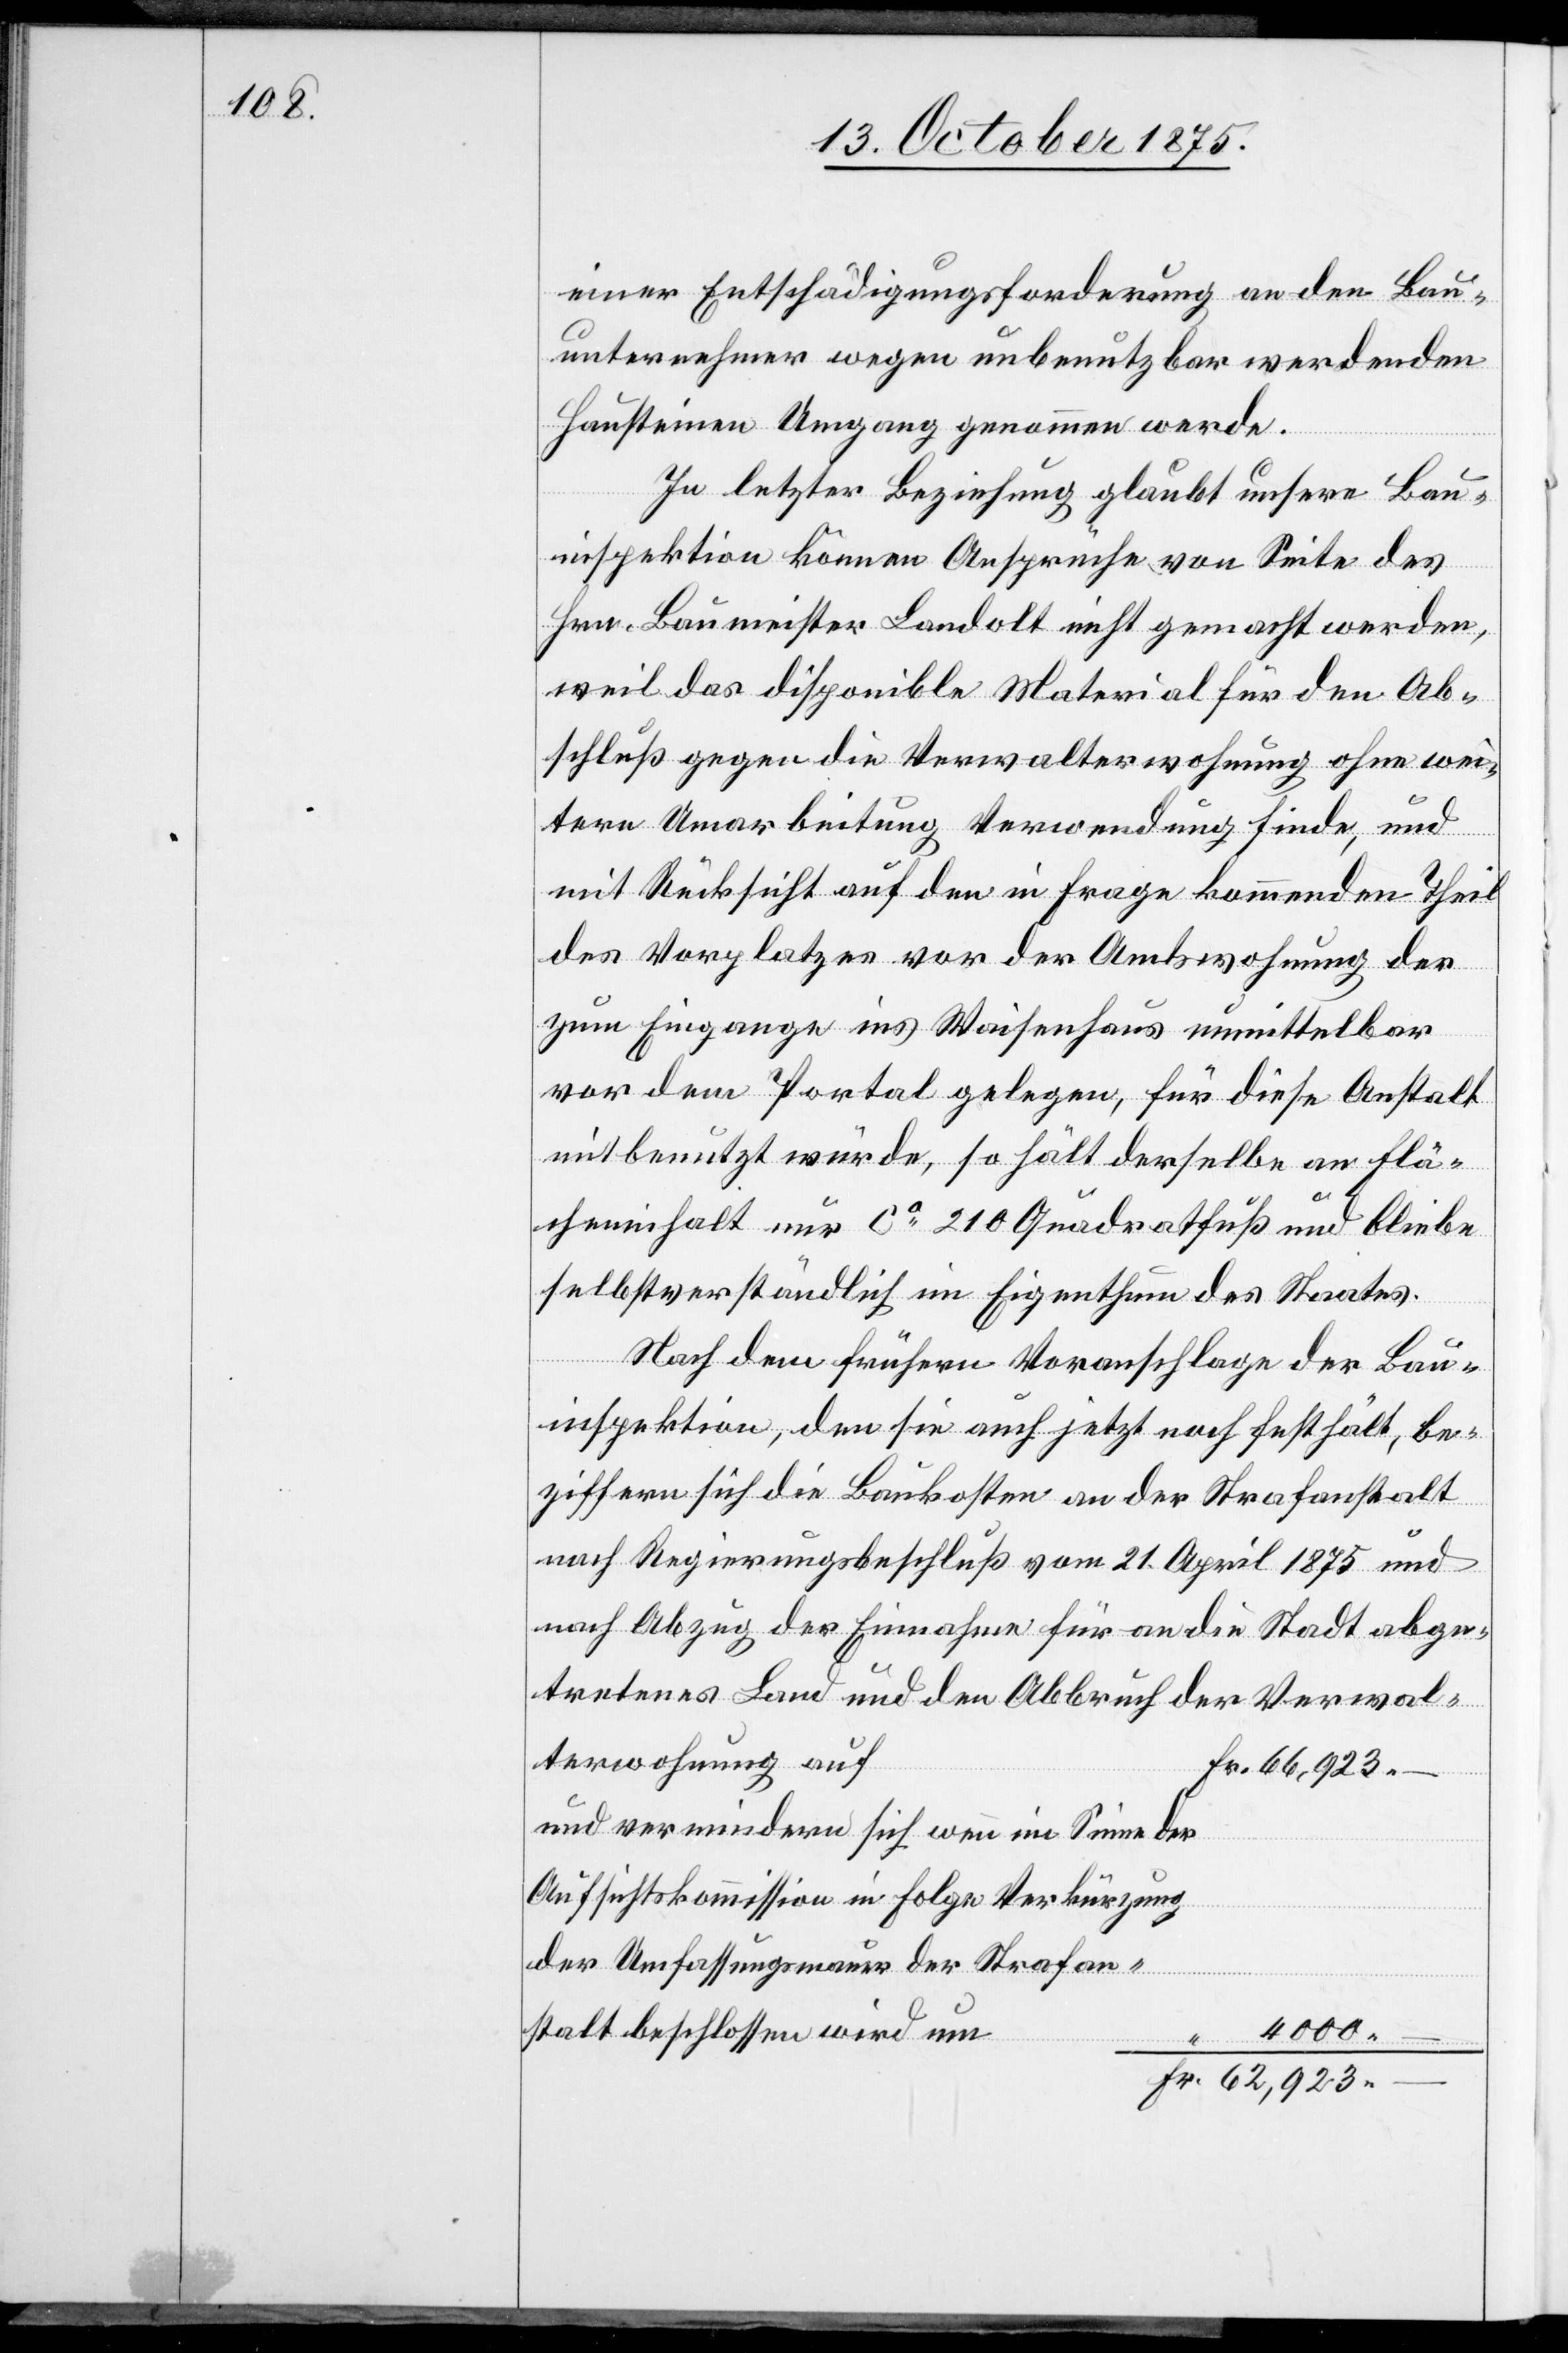
einer Entschädigungsforderung an den Bau¬
unternehmer wegen unbenutzbar werdenden
Hausteinen Umgang genommen werde.
In letzter Beziehung glaubt unsere Bau¬
inspektion können Ansprüche von Seite des
nung
Hrn. Baumeister Landolt nicht gemacht werden,
weil das disponible Material für den Ab¬
schluß gegen die Verwalterwohnung ohne wei¬
tere Umarbeitung Verwendung finde, und
mit Rücksicht auf den in Frage kommenden Theil
des Vorplatzes vor der Amtswohnung der
zum Eingange ins Waisenhaus unmittelbar
vor dem Portal gelegen, für diese Anstalt
mitbenutzt würde, so hält derselbe an Flä¬
cheninhalt nur ca 210 Quadratfuß und bliebe
selbstverständlich im Eigenthum des Staates.
Nach dem frühern Voranschlage der Bau¬
inspektion, den sie auch jetzt noch festhält, be¬
ziffern sich die Baukosten an der Strafanstalt
nach Regierungsbeschluß vom 21. April 1875 und
nach Abzug der Einnahme für an die Stadt abge¬
tretenes Land und den Abbruch der Verwal¬
–
und vermindern sich wenn im Sinne der
Aufsichtskommission in Folge Verkürzung
der Umfassungsmauer der Strafan¬
stalt beschlossen wird um
4000 –